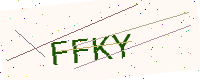
Text: FFKY